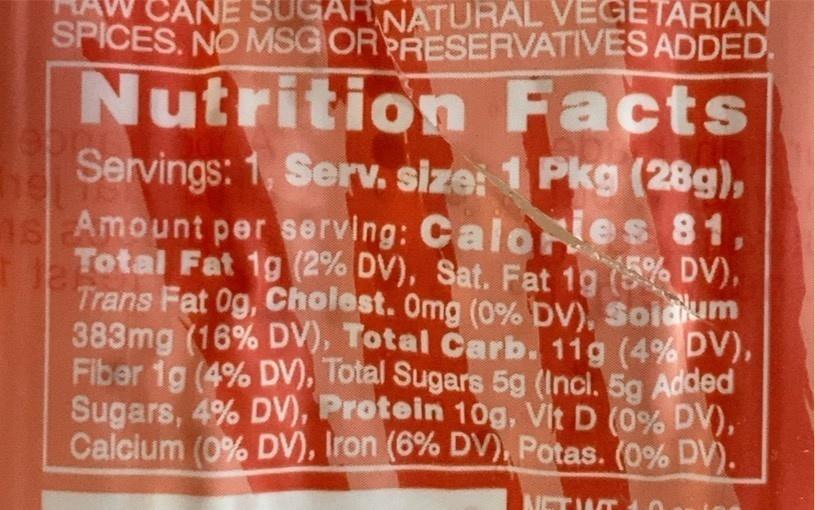
CANE SUGAH NATURAL VEGETARIAN SPICES. NO MSG ORPRESERVATIVES ADDED.
Nutrition Facts
Servings: 1, Serv. size: 1 Pkg (28g), 1s Amount per serving: Calonles 81, Total Fat 1g (2% DV), Sat. Fat 19 DV), Trans Fat 0g, Cholest. Omg (0% DV), Soidum 383mg (16% DV), Total Carb. 11g (4%DV), Fibar 1g (4% DV), Total Sugars 5g (Incl. 5g Added Sugars, 4% DV), Protein 10g, Vit D (0% DV), Calcium (0% DV), Iron (6% DV), Potas. (0% DV).